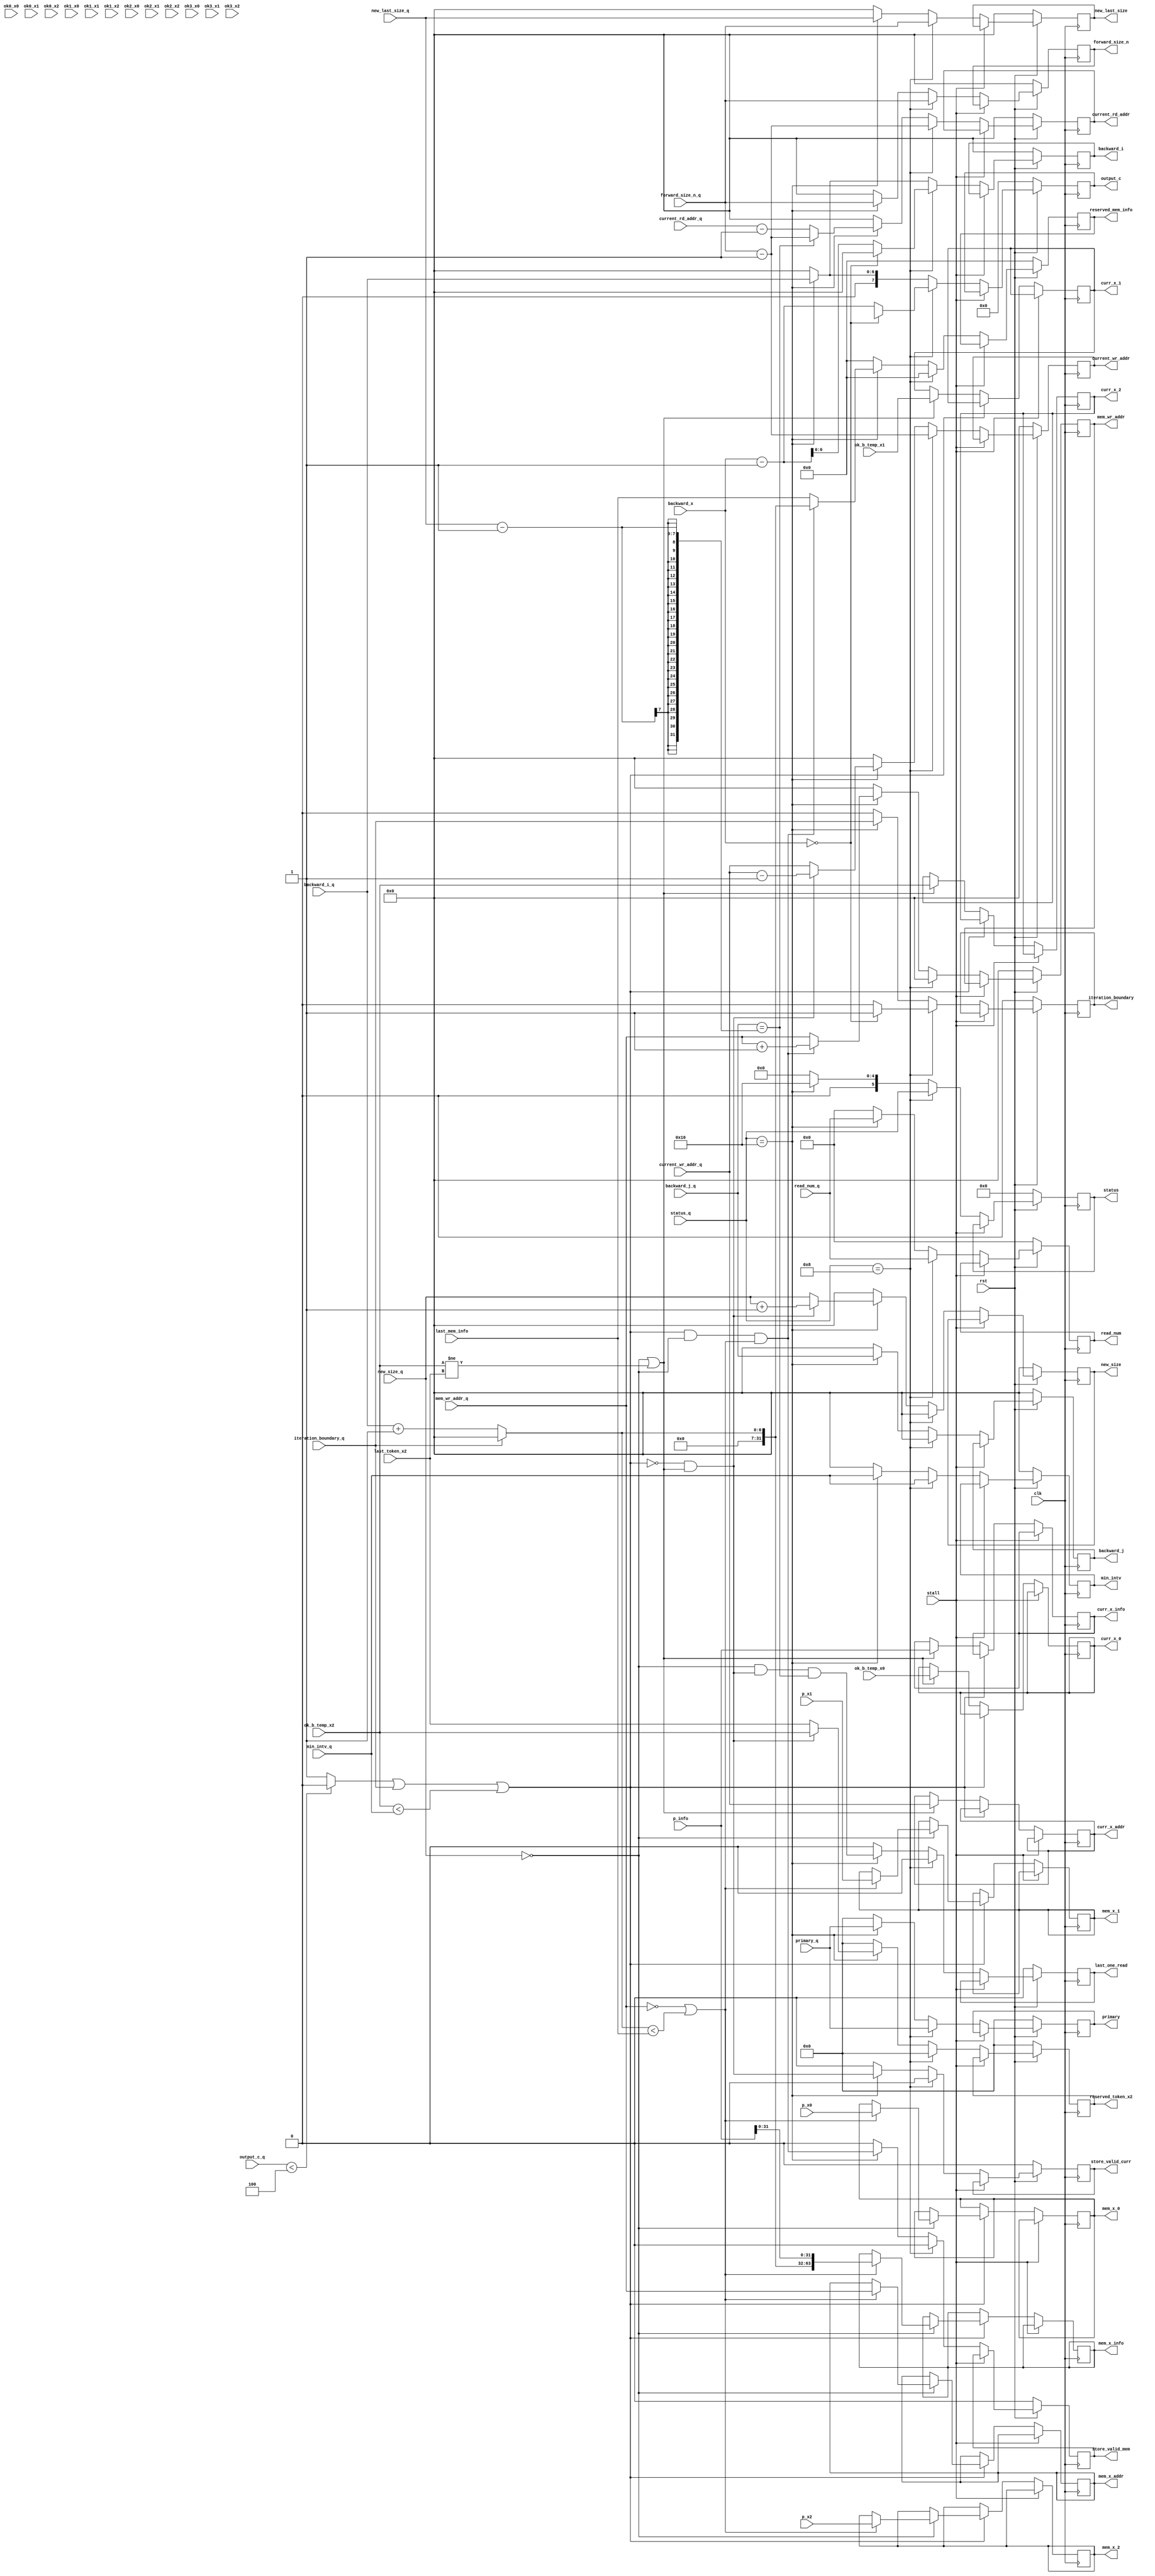
`define CL 512
`define MAX_READ 1024
`define READ_NUM_WIDTH 10

module CONTROL_STAGE1(
input wire clk,
input wire rst,
input wire stall,

input wire [`READ_NUM_WIDTH - 1:0] read_num_q,
input wire [5:0] status_q,
//data portion
input wire [6:0] backward_x,
input wire [63:0] primary_q,
input wire [63:0] ok0_x0, ok0_x1, ok0_x2,
input wire [63:0] ok1_x0, ok1_x1, ok1_x2,
input wire [63:0] ok2_x0, ok2_x1, ok2_x2,
input wire [63:0] ok3_x0, ok3_x1, ok3_x2,
input wire [63:0] p_x0,p_x1,p_x2,p_info,

input wire [6:0] min_intv_q,
input wire iteration_boundary_q,
input wire [6:0] backward_i_q,backward_j_q,
input wire [6:0] current_wr_addr_q,current_rd_addr_q,mem_wr_addr_q,
input wire [6:0] new_size_q,
input wire [6:0] new_last_size_q,
input wire [6:0] forward_size_n_q,

input wire [31:0] last_mem_info,
input wire [63:0] last_token_x2,
input wire [7:0] output_c_q,


//signals handled to READ parse unit
output reg [`READ_NUM_WIDTH - 1:0] read_num,
output reg [6:0] current_rd_addr,
//signals handled to next stage
output reg [6:0]	new_size,
output reg [63:0]	primary,
output reg [6:0]	current_wr_addr,mem_wr_addr,
output reg [63:0]	reserved_token_x2,
output reg [31:0]	reserved_mem_info,
output reg [6:0]	min_intv,
output reg [6:0]	backward_i,backward_j,
output reg [6:0]	new_last_size,forward_size_n,
output reg [7:0]	output_c,


//signals handled to storage unit
output reg			store_valid_mem,			
output reg [63:0]	mem_x_0,
output reg [63:0]	mem_x_1,
output reg [63:0]	mem_x_2,
output reg [63:0]	mem_x_info,
output reg [6:0]    mem_x_addr,

output reg			store_valid_curr,			
output reg [63:0]	curr_x_0,
output reg [63:0]	curr_x_1,
output reg [63:0]	curr_x_2,
output reg [63:0]	curr_x_info,
output reg [6:0]    curr_x_addr,

output reg last_one_read,
output reg iteration_boundary,
output reg [5:0] status,
input [63:0] ok_b_temp_x0,ok_b_temp_x1,ok_b_temp_x2
);
	parameter Len = 101;
	
	parameter F_init = 	6'b00_0001; // F_init will disable the forward pipeline
	parameter F_run =  	6'b00_0010;
	parameter F_break = 6'b00_0100;
	parameter BCK_INI = 6'b00_1000;	//100
	parameter BCK_RUN = 6'b01_0000;	//101
	parameter BCK_END = 6'b10_0000;	//110
	parameter BUBBLE = 	6'b00_0000;

wire [6:0] new_i;
wire ambiguous;
wire [6:0] new_size_d;
wire [6:0]  mem_wr_addr_d;
wire [6:0]  current_wr_addr_d;
wire [63:0] reserved_token_x2_d;
wire [31:0] reserved_mem_info_d;
wire store_valid_curr_d,store_valid_mem_d;
wire cond_1,cond_2;
wire if_cond;
wire [6:0] ini_pos;
//read_num is provided outside this.
assign if_cond = (ambiguous==1) || (iteration_boundary_q==1) || (ok_b_temp_x2 < min_intv_q);
assign cond_1 = (if_cond) && (new_size_q==0) && ((mem_wr_addr_q == 0) || (new_i < last_mem_info));

assign cond_2 = (!if_cond) && ((new_size_q==0) || (ok_b_temp_x2 != last_token_x2));

assign mem_wr_addr_d			= cond_1 ? (mem_wr_addr_q + 1) : mem_wr_addr_q;
assign reserved_mem_info_d		= cond_1 ? new_i : last_mem_info;

assign current_wr_addr_d		= cond_2 ? (current_wr_addr_q - 1) : current_wr_addr_q;
assign reserved_token_x2_d		= cond_2 ? ok_b_temp_x2 : last_token_x2;
assign new_size_d				= cond_2 ? (new_size_q + 1) : new_size_q;
assign store_valid_mem_d		= cond_1 ; 
assign store_valid_curr_d		= cond_2 ; 
assign new_i				= iteration_boundary_q ? 0 : backward_i_q + 1;
assign ambiguous			= output_c_q < 4 ? 0 : 1;//decide whether the current c is ambiguous
assign ini_pos = forward_size_n_q - 1;
wire j_bound;
wire [6:0] current_rd_addr_d;
assign j_bound			= (backward_j_q == (new_last_size_q - 1));
assign current_rd_addr_d	= j_bound ? ini_pos : current_rd_addr_q - 1; //request for new read data

reg stall_pulse;
reg stall_sig,stall_sig_q;

wire lastone;
assign lastone = (new_size_q == 0) && cond_2 && j_bound;

always@(posedge clk) begin
	if(!rst)begin
		stall_sig_q <= 0;
	end
	else
	stall_sig_q <= stall_sig;
end
always@(posedge clk) begin
	if(!rst)begin
		stall_pulse <= 0;
	end
	else if (stall_sig == 1 && stall_sig_q==0 && stall == 1)
		stall_pulse <= 1;
	else
		stall_pulse <= 0;
end
always@(posedge clk) begin
	//handled to the next stage
	if(!rst)begin
		last_one_read <= 0;
		read_num			<= 0;
		current_rd_addr		<= 0;
		min_intv		<= 0;
		backward_i		<= 0;
		backward_j		<= 0;
		new_last_size	<= 0;
		forward_size_n	<= 0;
		output_c		<= 0;
		//generated signals

		new_size	<= 0;
		mem_wr_addr <= 0;
		current_wr_addr		<= 0;
		reserved_token_x2	<= 0;
		reserved_mem_info	<= 0;
		iteration_boundary	<= 0;
		primary				<= 0;
		store_valid_mem		<= 0;
		store_valid_curr	<= 0;
		stall_sig <= 0;
		status <= BUBBLE;
	end
	else if (stall == 1) begin
		last_one_read	<= last_one_read;
		primary			<= primary;
		read_num		<= read_num;
		current_rd_addr	<= current_rd_addr;
		min_intv		<= min_intv;
		backward_i		<= backward_i;
		backward_j		<= backward_j;
		new_last_size	<= new_last_size;
		forward_size_n	<= forward_size_n;
		output_c		<= output_c;
		//generated signals

		new_size			<= new_size;
		mem_wr_addr			<= mem_wr_addr;
		current_wr_addr		<= current_wr_addr;
		reserved_token_x2	<= reserved_token_x2;
		reserved_mem_info	<= reserved_mem_info;
		iteration_boundary	<= iteration_boundary;
		store_valid_mem		<= store_valid_mem;
		store_valid_curr	<= store_valid_curr;
		stall_sig <= 1;
		status	<= status;	
	end
	else if(status_q==BCK_INI) begin
		last_one_read	<= 0;
		primary			<= primary_q;
		read_num		<= read_num_q;
		current_rd_addr	<= ini_pos;
		current_wr_addr	<= ini_pos;
		min_intv		<= min_intv_q;
		if(backward_x == 0)begin
			backward_i		<= 0;
			iteration_boundary <= 1;
			
			//[licheng]
			output_c <= 8'bxxxx_xxxx;
		end
		else begin
			backward_i		<= backward_x - 1;
			iteration_boundary <= 0;
			//[licheng]
			output_c <= backward_x - 1;
		end
		backward_j		<= 0;
		new_last_size	<= forward_size_n_q;
		forward_size_n	<= forward_size_n_q;
		//output_c		<= 0;
		//generated signals
		new_size		<= 0;
		mem_wr_addr		<= 7'b0;
		reserved_token_x2	<= 0;
		reserved_mem_info	<= 0;
		
		store_valid_mem		<= 0;
		store_valid_curr	<= 0;
		status <= status_q;
	end
	
	else if(status_q==BCK_RUN) begin
		last_one_read	<= lastone;
		primary			<= primary_q;
		read_num		<= read_num_q;
		current_rd_addr	<= current_rd_addr_d;
		min_intv		<= min_intv_q;
		backward_i		<= backward_i_q;
		backward_j		<= backward_j_q;
		new_last_size	<= new_last_size_q;
		forward_size_n	<= forward_size_n_q;
		//output_c		<= output_c_q;
		//[licheng]
		output_c <= backward_i_q;
		
		//generated signals

		new_size			<= new_size_d;
		mem_wr_addr			<= mem_wr_addr_d;
		current_wr_addr		<= current_wr_addr_d;
		reserved_token_x2	<= reserved_token_x2_d;
		reserved_mem_info	<= reserved_mem_info_d;
		iteration_boundary	<= iteration_boundary_q;
		store_valid_mem		<= store_valid_mem_d;
		store_valid_curr	<= store_valid_curr_d;
		status <= BCK_RUN;
	end
	else begin
		last_one_read	<= 0;
		primary			<= 0;
		read_num		<= 0;
		current_rd_addr	<= 0;
		min_intv		<= 0;
		backward_i		<= 0;
		backward_j		<= 0;
		new_last_size	<= 0;
		forward_size_n	<= 0;
		output_c		<= 0;
		//generated signals

		new_size			<= 0;
		mem_wr_addr			<= 0;
		current_wr_addr		<= 0;
		reserved_token_x2	<= 0;
		reserved_mem_info	<= 0;
		iteration_boundary	<= 0;
		store_valid_mem		<= 0;
		store_valid_curr	<= 0;
		status	<= BUBBLE;		
	end
end

always @(posedge clk) begin
	if(!stall) begin
   	if((ambiguous==1) || (iteration_boundary_q==1) || (ok_b_temp_x2 < min_intv_q)) begin
   		if(new_size_q==0) begin
   	 		if((mem_wr_addr_q == 0) || (new_i < last_mem_info)) begin
				mem_x_0 <= p_x0;
				mem_x_1 <= p_x1;
				mem_x_2 <= p_x2;
				mem_x_info <= {new_i,p_info[31:0]};
				mem_x_addr <= mem_wr_addr_q;
   	 		end
   		end
   	end
   	else if((new_size_q==0) || (ok_b_temp_x2 != last_token_x2)) begin
		curr_x_0			<= ok_b_temp_x0;
		curr_x_1			<= ok_b_temp_x1;
		curr_x_2			<= ok_b_temp_x2;
		curr_x_info			<= p_info;
		curr_x_addr			<= current_wr_addr_q;
	end
	end
end


endmodule